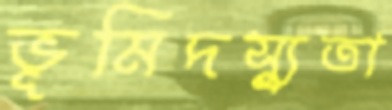
ভূমিদস্যুতা